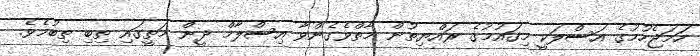
ހަމަޖެހުމުގެ އަސްލަކީ މިޤައުމުގެ ރައްޔިތުން މާތްވެގެންވާ އިސްލާމް ދީން މަތީގައި ތިބި ތިބުމެވެ.